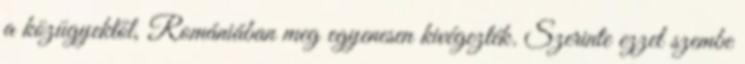
a közügyektől, Romániában meg egyenesen kivégezték. Szerinte ezzel szembe